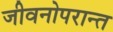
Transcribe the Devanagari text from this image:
जीवनोपरान्त